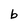
Character: b